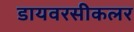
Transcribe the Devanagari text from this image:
डायवरसीकलर